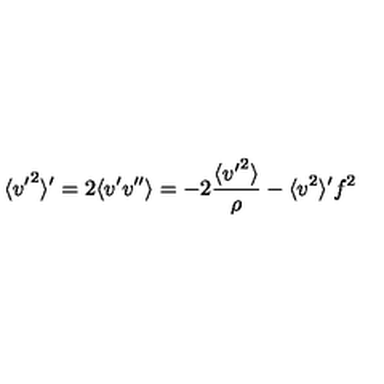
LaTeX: \langle { v ^ { \prime } } ^ { 2 } \rangle ^ { \prime } = 2 \langle v ^ { \prime } v ^ { \prime \prime } \rangle = - 2 \frac { \langle { v ^ { \prime } } ^ { 2 } \rangle } { \rho } - \langle v ^ { 2 } \rangle ^ { \prime } f ^ { 2 }